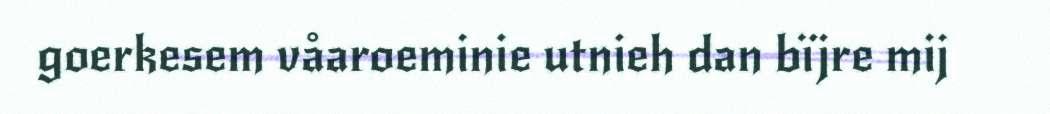
goerkesem våaroeminie utnieh dan bïjre mij